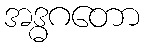
အဒ္ဓဂတော